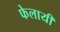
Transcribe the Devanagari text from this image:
फेलायी